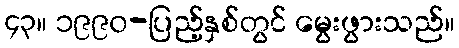
၄၃။ ၁၉၉၀-ပြည့်နှစ်တွင် မွေးဖွားသည်။